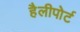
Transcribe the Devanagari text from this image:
हैलीपोर्ट